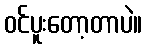
ဝင်ပူးတော့တာပဲ။